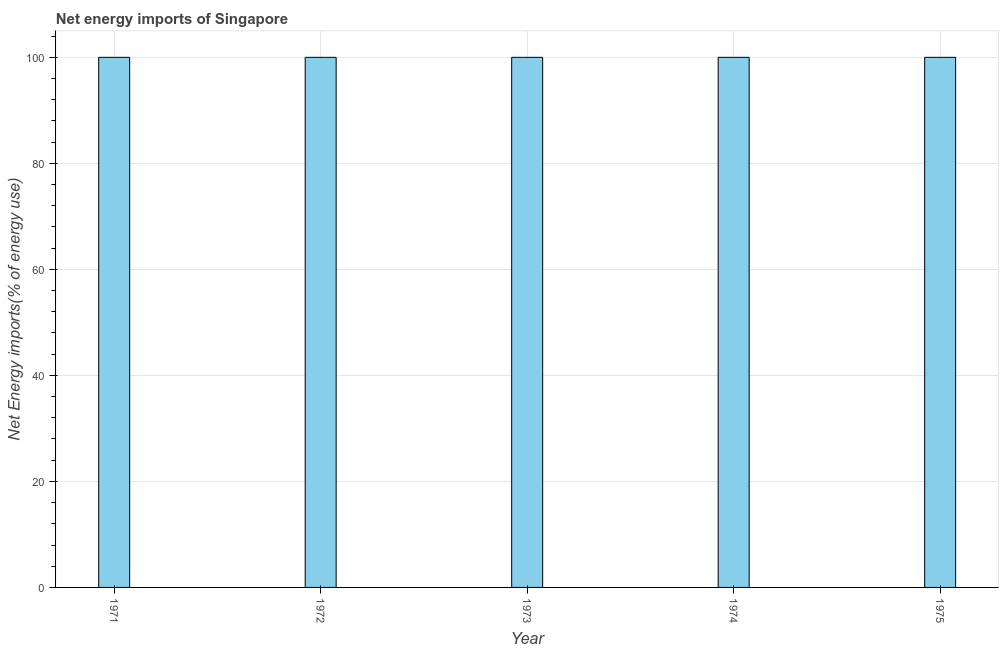
| Year | Energy imports |
 | --- | --- |
 | 1971 | 100 |
 | 1972 | 100 |
 | 1973 | 100 |
 | 1974 | 100 |
 | 1975 | 100 |